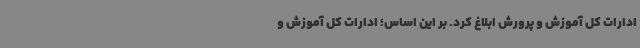
ادارات کل آموزش و پرورش ابلاغ کرد. بر این اساس؛ ادارات کل آموزش و